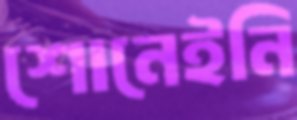
শোনেইনি